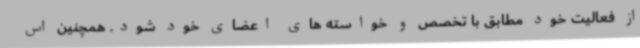
از فعالیت خود مطابق با تخصص و خواسته های اعضای خود شود. همچنین اس